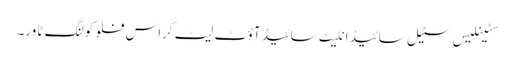
سٹینلیس سٹیل سائیڈ انلیٹ سائیڈ آؤٹ لیٹ کراس فلو کولنگ ٹاور۔